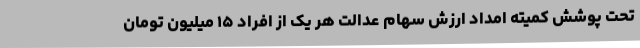
تحت پوشش کمیته امداد ارزش سهام عدالت هر یک از افراد ۱۵ میلیون تومان